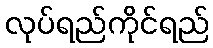
လုပ်ရည်ကိုင်ရည်